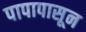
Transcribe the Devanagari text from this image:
पापापासून